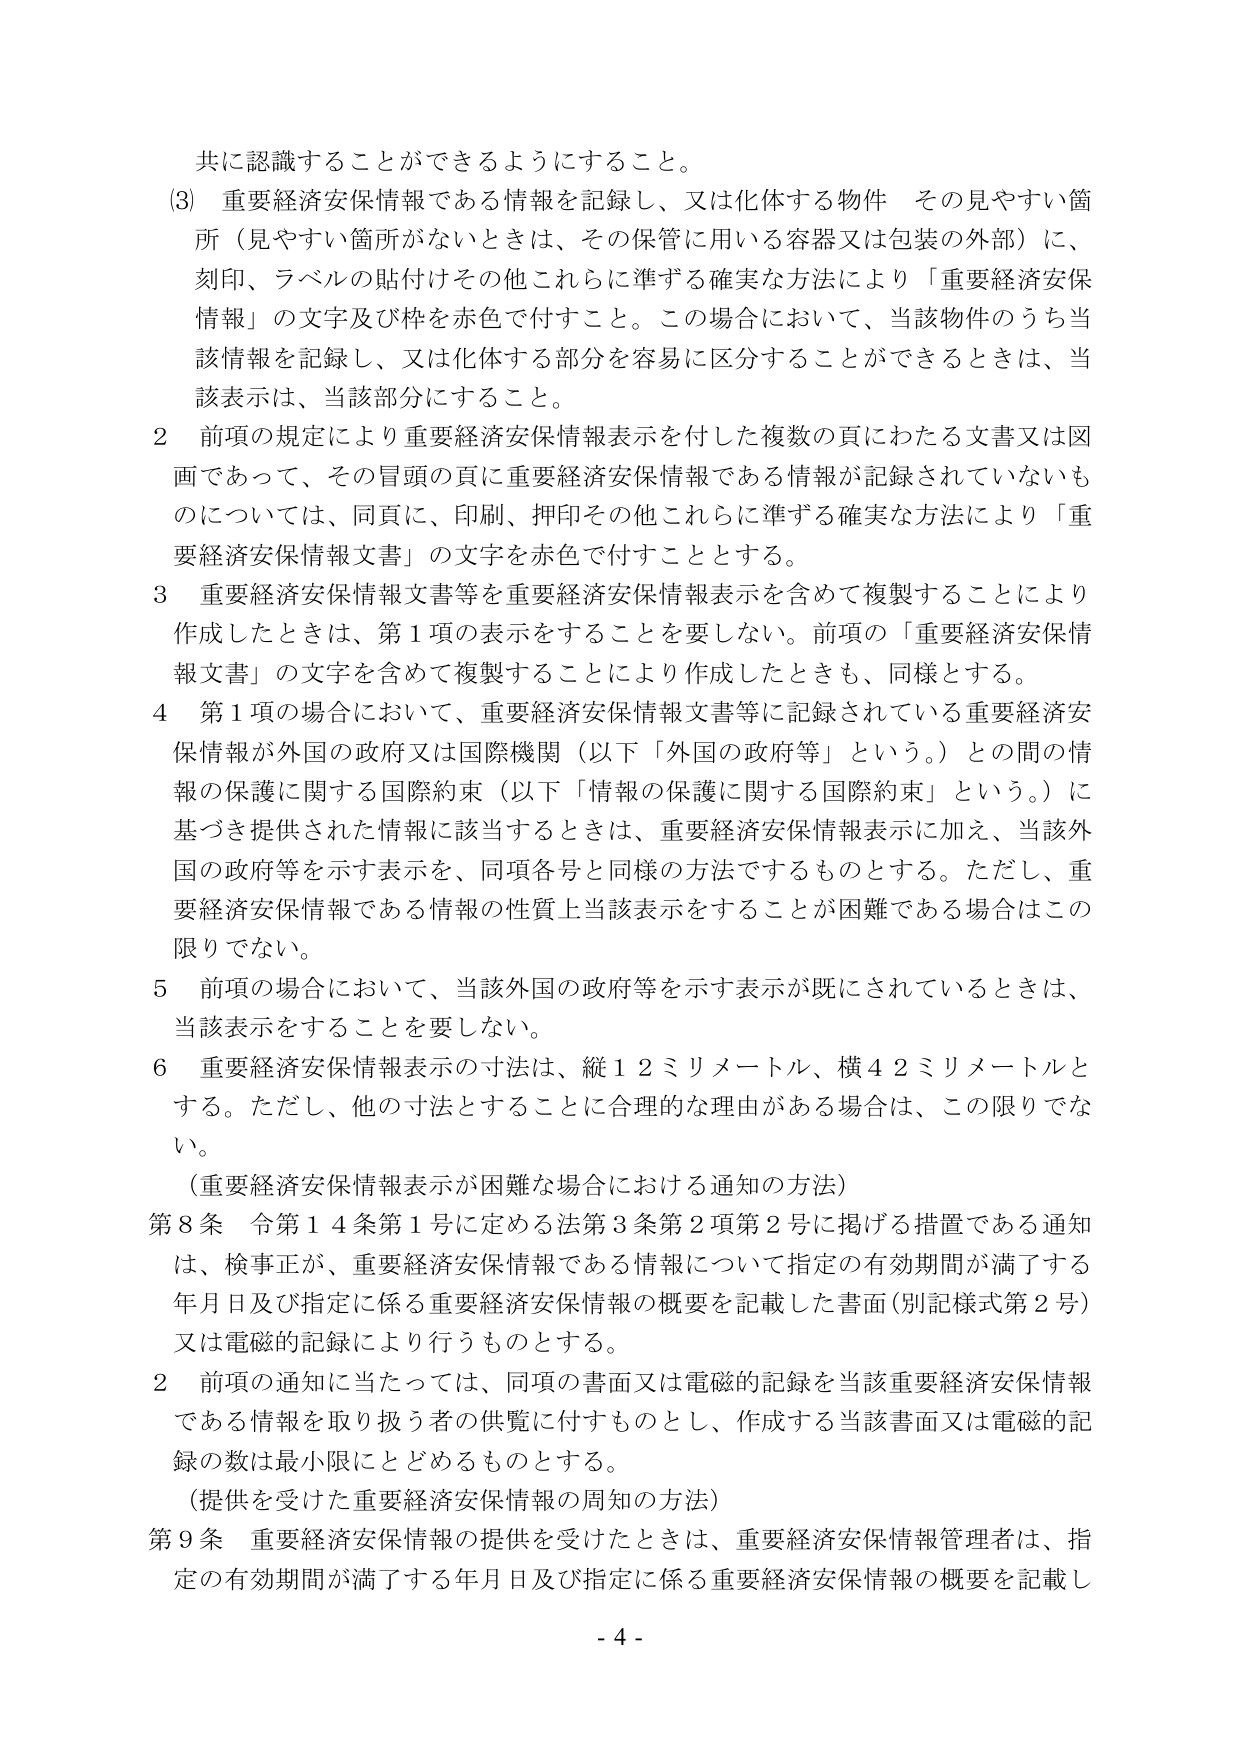
共に認識することができるようにすること。

(3) 重要経済安保情報である情報を記録し、又は化体する物件 その見やすい箇所（見やすい箇所がないときは、その保管に用いる容器又は包装の外部）に、刻印、ラベルの貼付けその他これらに準ずる確実な方法により「重要経済安保情報」の文字及び枠を赤色で付すこと。この場合において、当該物件のうち当該情報を記録し、又は化体する部分を容易に区分することができるときは、当該表示は、当該部分にすること。

2 前項の規定により重要経済安保情報表示を付した複数の頁にわたる文書又は図画であって、その冒頭の頁に重要経済安保情報である情報が記録されていないものについては、同頁に、印刷、押印その他これらに準ずる確実な方法により「重要経済安保情報文書」の文字を赤色で付すこととする。

3 重要経済安保情報文書等を重要経済安保情報表示を含めて複製することにより作成したときは、第1項の表示をすることを要しない。前項の「重要経済安保情報文書」の文字を含めて複製することにより作成したときも、同様とする。

4 第1項の場合において、重要経済安保情報文書等に記録されている重要経済安保情報が外国の政府又は国際機関（以下「外国の政府等」という。）との間の情報の保護に関する国際約束（以下「情報の保護に関する国際約束」という。）に基づき提供された情報に該当するときは、重要経済安保情報表示に加え、当該外国の政府等を示す表示を、同項各号と同様の方法でするものとする。ただし、重要経済安保情報である情報の性質上当該表示をすることが困難である場合はこの限りでない。

5 前項の場合において、当該外国の政府等を示す表示が既にされているときは、当該表示をすることを要しない。

6 重要経済安保情報表示の寸法は、縦12ミリメートル、横42ミリメートルとする。ただし、他の寸法とすることに合理的な理由がある場合は、この限りでない。

（重要経済安保情報表示が困難な場合における通知の方法）

第8条 令第14条第1号に定める法第3条第2項第2号に掲げる措置である通知は、検事正が、重要経済安保情報である情報について指定の有効期間が満了する年月日及び指定に係る重要経済安保情報の概要を記載した書面（別記様式第2号）又は電磁的記録により行うものとする。

2 前項の通知に当たっては、同項の書面又は電磁的記録を当該重要経済安保情報である情報を取り扱う者の供覧に付すものとし、作成する当該書面又は電磁的記録の数は最小限にとどめるものとする。

（提供を受けた重要経済安保情報の周知の方法）

第9条 重要経済安保情報の提供を受けたときは、重要経済安保情報管理者は、指定の有効期間が満了する年月日及び指定に係る重要経済安保情報の概要を記載し

- 4 -